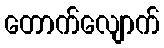
တောက်လျောက်